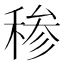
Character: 䅟